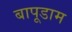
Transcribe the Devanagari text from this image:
बापूडाम